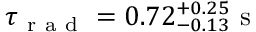
\tau _ { \mathrm { ~ r ~ a ~ d ~ } } = 0 . 7 2 _ { - 0 . 1 3 } ^ { + 0 . 2 5 } \mathrm { ~ s ~ }